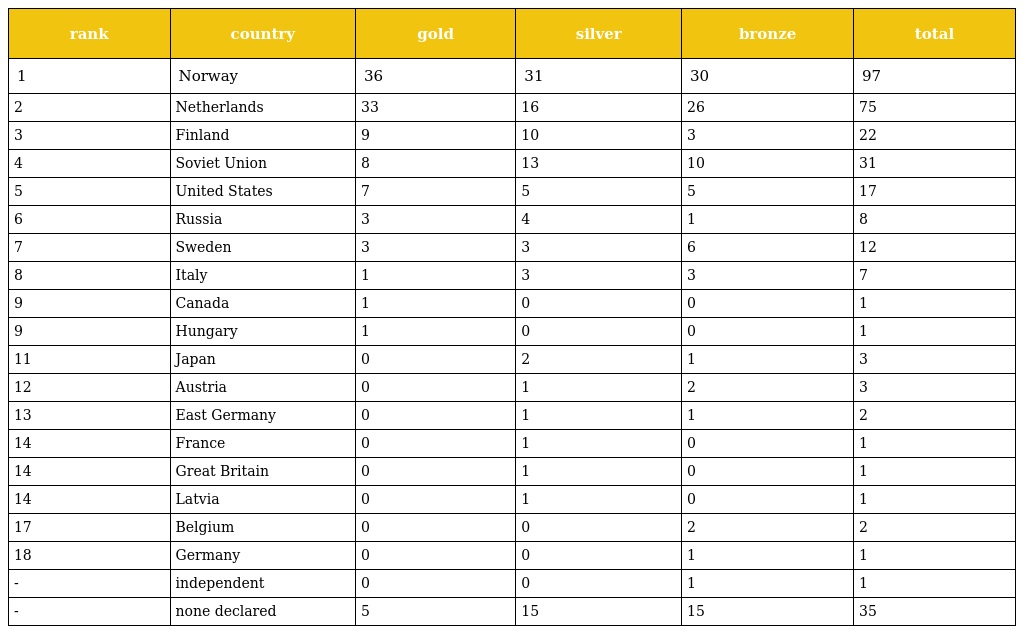
| rank | country | gold | silver | bronze | total |
 | --- | --- | --- | --- | --- | --- |
 | 1 | Norway | 36 | 31 | 30 | 97 |
 | 2 | Netherlands | 33 | 16 | 26 | 75 |
 | 3 | Finland | 9 | 10 | 3 | 22 |
 | 4 | Soviet Union | 8 | 13 | 10 | 31 |
 | 5 | United States | 7 | 5 | 5 | 17 |
 | 6 | Russia | 3 | 4 | 1 | 8 |
 | 7 | Sweden | 3 | 3 | 6 | 12 |
 | 8 | Italy | 1 | 3 | 3 | 7 |
 | 9 | Canada | 1 | 0 | 0 | 1 |
 | 9 | Hungary | 1 | 0 | 0 | 1 |
 | 11 | Japan | 0 | 2 | 1 | 3 |
 | 12 | Austria | 0 | 1 | 2 | 3 |
 | 13 | East Germany | 0 | 1 | 1 | 2 |
 | 14 | France | 0 | 1 | 0 | 1 |
 | 14 | Great Britain | 0 | 1 | 0 | 1 |
 | 14 | Latvia | 0 | 1 | 0 | 1 |
 | 17 | Belgium | 0 | 0 | 2 | 2 |
 | 18 | Germany | 0 | 0 | 1 | 1 |
 | - | independent | 0 | 0 | 1 | 1 |
 | - | none declared | 5 | 15 | 15 | 35 |